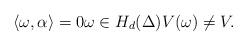
LaTeX: \begin{align*}\langle \omega,\alpha \rangle = 0 \omega \in H_d(\Delta) V(\omega) \neq V.\end{align*}